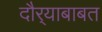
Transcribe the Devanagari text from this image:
दौर्‍याबाबत